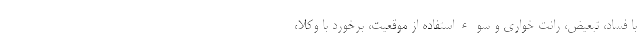
با فساد، تبعیض، رانت خواری و سوءاستفاده از موقعیّت، برخورد با وکلا،